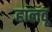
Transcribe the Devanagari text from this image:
हालवू